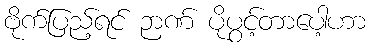
ဗိုက်ပြည့်ရင် ဉာဏ် ပိုပွင့်တာပေါ့ဟာ